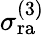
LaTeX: \sigma_{\mathrm{ra}}^{(3)}